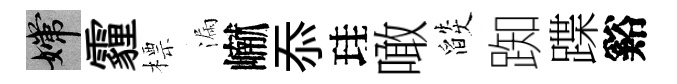
嫦霾標漏𪩘忝珪噉燄踟蹀谿